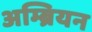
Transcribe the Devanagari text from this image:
अम्ब्रियन